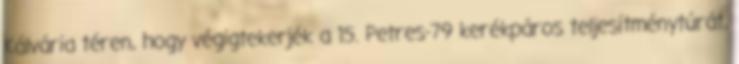
Kálvária téren, hogy végigtekerjék a 15. Petres-79 kerékpáros teljesítménytúrát,